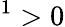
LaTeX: ^1>0